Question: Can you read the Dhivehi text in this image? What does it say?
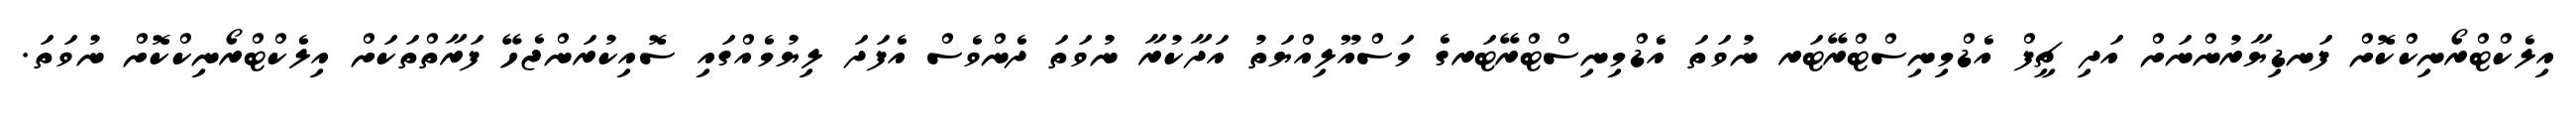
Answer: އިލެކްޓްރޯނިކްކޮށް ފަނޑިޔާރުންނަށް އަދި ޗީފް އެޑްމިނިސްޓްރޭޓަރ ނުވަތަ އެޑްމިނިސްޓްރޭޓަރގެ މަސްއޫލިއްޔަތު އަދާކުރާ ނުވަތަ ދެންވެސް އެފަދަ ލިޔުމެއްގައި ސޮއިކުރަންޖެހޭ ފަރާތްތަކަށް އިލެކްޓްރޯނިކްކޮށް ނުވަތަ.